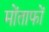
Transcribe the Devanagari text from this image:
मोंताफों